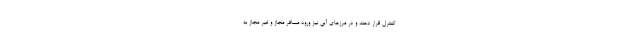
کنترل قرار دهند و در مرز‌های آبی نیز ورود مسافر مجاز و غیر مجاز به